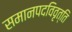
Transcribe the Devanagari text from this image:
समानपदविवृत्ति